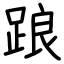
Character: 踉